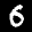
Label: 6